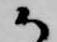
御